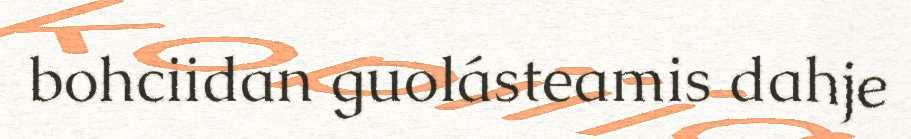
bohciidan guolásteamis dahje